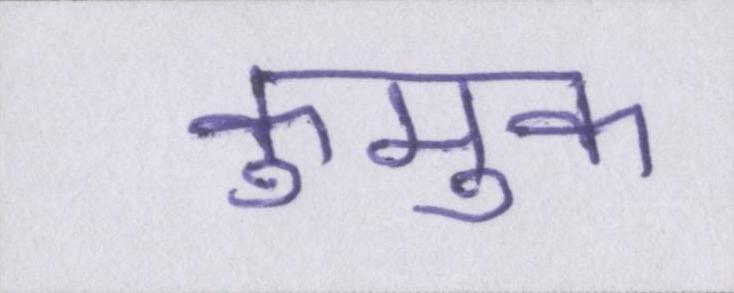
कुमुक